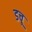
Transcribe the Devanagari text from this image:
डचू